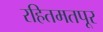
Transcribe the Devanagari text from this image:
रहितमतपूर